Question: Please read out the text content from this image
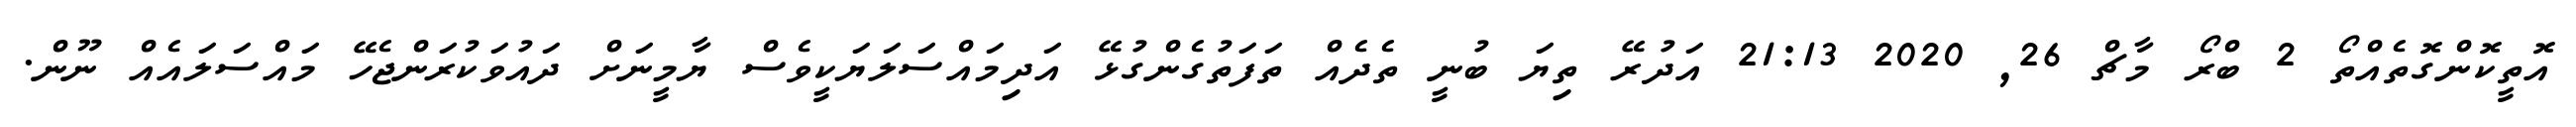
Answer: އޮތީކޮންގޮތެއްތޯ 2 ބްރޯ މާޗް 26, 2020 21:13 އަދުރޭ ތިޔަ ބުނީ ތެދެއް ތަފަތުގެންގުޅޭ އަދިމައްސަލަޔަކީވެސް ޔާމީނަށް ދައުވަކުރަންޖެހޭ މައްސަލައެއް ނޫން.